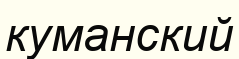
куманский